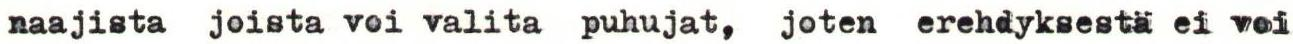
naajista joista voi valita puhujat, joten erehdyksestä ei voi